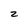
Character: z